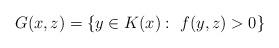
LaTeX: \begin{align*} G(x,z)=\{y\in K(x):~f(y,z)>0\} \end{align*}